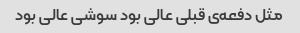
مثل دفعه‌ی قبلی عالی بود سوشی عالی بود